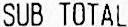
SUB TOTAL